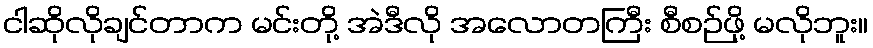
ငါဆိုလိုချင်တာက မင်းတို့ အဲဒီလို အလောတကြီး စီစဉ်ဖို့ မလိုဘူး။